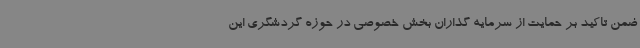
ضمن تاکید بر حمایت از سرمایه گذاران بخش خصوصی در حوزه گردشگری این